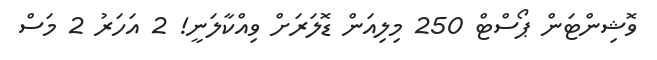
ވޮޝިންޓަން ޕޯސްޓް 250 މިލިއަން ޑޮލަރަށް ވިއްކާލަނީ! 2 އަހަރު 2 މަސް